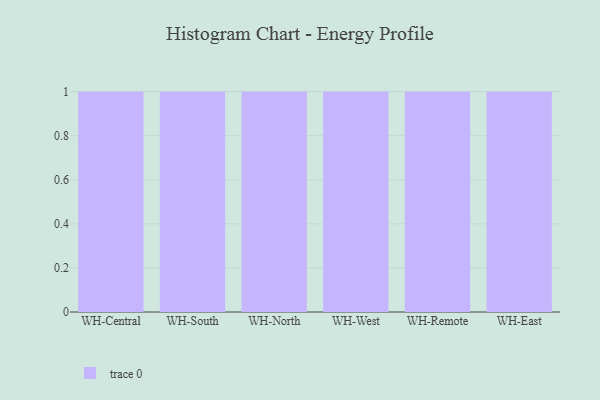
{"axis": {"x": "Warehouse", "y": "Latency (ms)"}, "legend": [""], "data": [{"x": "WH-Central", "y": 31, "type": ""}, {"x": "WH-South", "y": 95, "type": ""}, {"x": "WH-North", "y": 57, "type": ""}, {"x": "WH-West", "y": 25, "type": ""}, {"x": "WH-Remote", "y": 91, "type": ""}, {"x": "WH-East", "y": 51, "type": ""}]}